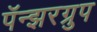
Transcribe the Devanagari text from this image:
पॅन्झरग्रुप